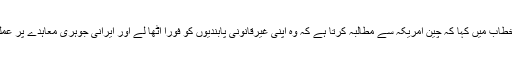
وانگ کان نے اپنے خطاب میں کہا کہ چین امریکہ سے مطالبہ کرتا ہے کہ وہ اپنی غیرقانونی پابندیوں کو فورا اٹھا لے اور ایرانی جوہری معاہدے پر عملدرآمد شروع کر دے۔